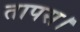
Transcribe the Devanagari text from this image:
तापस।